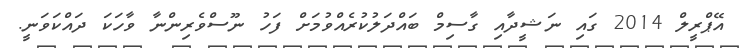
އޭޕްރީލް 2014 ގައި ނަޝީދާއި ގާސިމް ބައްދަލުކުރެއްވުމަށް ފަހު ނޫސްވެރިންނާ ވާހަކަ ދައްކަވަނީ.